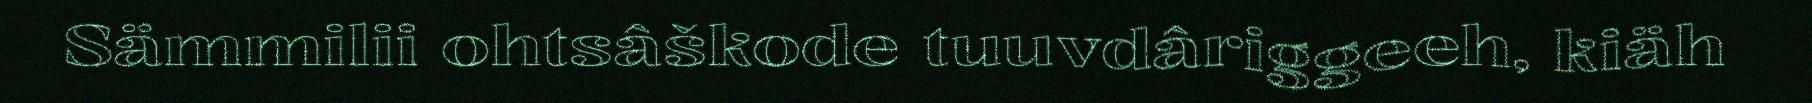
Sämmilii ohtsâškode tuuvdâriggeeh, kiäh